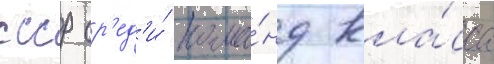
ссср ср'ед'и́ кома́нд кла́сса